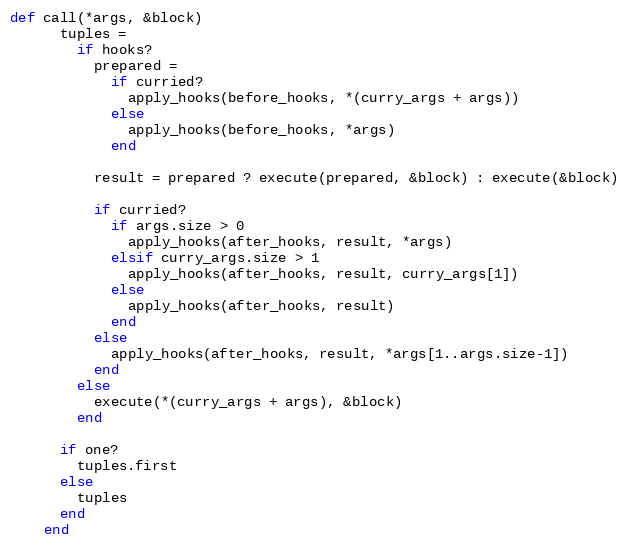
Language: Ruby
def call(*args, &block)
      tuples =
        if hooks?
          prepared =
            if curried?
              apply_hooks(before_hooks, *(curry_args + args))
            else
              apply_hooks(before_hooks, *args)
            end

          result = prepared ? execute(prepared, &block) : execute(&block)

          if curried?
            if args.size > 0
              apply_hooks(after_hooks, result, *args)
            elsif curry_args.size > 1
              apply_hooks(after_hooks, result, curry_args[1])
            else
              apply_hooks(after_hooks, result)
            end
          else
            apply_hooks(after_hooks, result, *args[1..args.size-1])
          end
        else
          execute(*(curry_args + args), &block)
        end

      if one?
        tuples.first
      else
        tuples
      end
    end